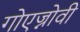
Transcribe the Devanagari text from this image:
गोएज्नोवी